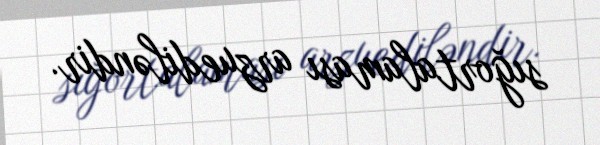
sığortalaması arzuediləndir.